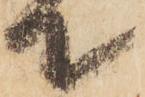
て